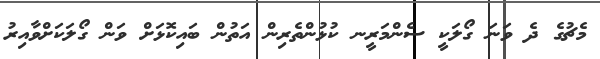
މެޗުގެ ދެ ވަނަ ގޯލަކީ ސެންމަރީނ ކުޅުންތެރިން އަތުން ބައިކޮޅަށް ވަން ގޯލަކަށްވާއިރު